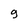
Character: 9